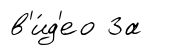
в'и́д'ео За